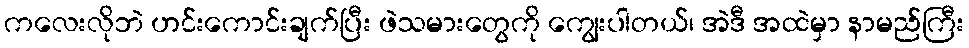
ကလေးလိုဘဲ ဟင်းကောင်းချက်ပြီး ဖဲသမားတွေကို ကျွေးပါတယ်၊ အဲဒီ အထဲမှာ နာမည်ကြီး